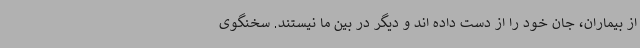
از بیماران، جان خود را از دست داده اند و دیگر در بین ما نیستند. سخنگوی